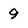
Character: 9